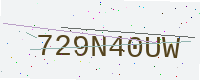
Text: 729N40UW